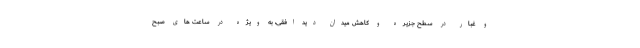
و غبار در سطح جزیره و کاهش میدان دید افقی، به ویژه در ساعت های صبح